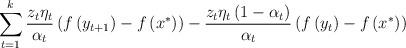
LaTeX: \begin{align*}\sum_{t=1}^{k}\frac{z_{t}\eta_{t}}{\alpha_{t}}\left(f\left(y_{t+1}\right)-f\left(x^{*}\right)\right)-\frac{z_{t}\eta_{t}\left(1-\alpha_{t}\right)}{\alpha_{t}}\left(f\left(y_{t}\right)-f\left(x^{*}\right)\right)\end{align*}